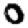
Digit: 0